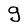
Character: g